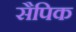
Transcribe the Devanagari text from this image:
सैपिक